Indian journal of veterinary science and animal husbandry - Volume 3,
Year: 1933
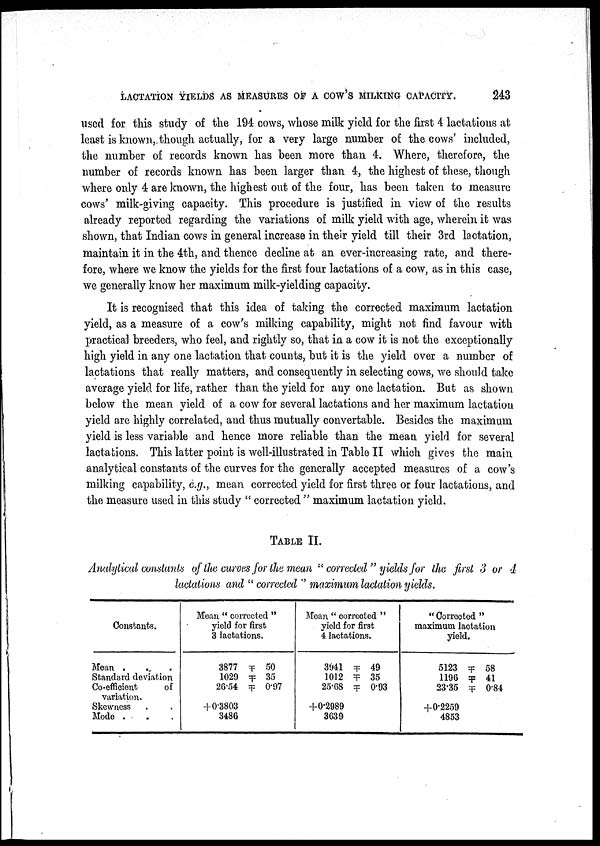
LACTATION YIELDS AS MEASURES OF A COW'S MILKING CAPACITY.
243
used for this study of the 194 cows, whose milk yield for the first 4 lactations at
least is known, though actually, for a very large number of the cows' included,
the number of records known has been more than 4. Where, therefore, the
number of records known has been larger than 4, the highest of these, though
where only 4 are known, the highest out of the four, has been taken to measure
cows' milk-giving capacity. This procedure is justified in view of the results
already reported regarding the variations of milk yield with age, wherein it was
shown, that Indian cows in general increase in their yield till their 3rd lactation,
maintain it in the 4th, and thence decline at an ever-increasing rate, and there-
fore, where we know the yields for the first four lactations of a cow, as in this case,
we generally know her maximum milk-yielding capacity.
It is recognised that this idea of talcing the corrected maximum lactation
yield, as a measure of a cow's milking capability, might not find favour with
practical breeders, who feel, and rightly so, that in a cow it is not the exceptionally
high yield in any one lactation that counts, but it is the yield over a number of
lactations that really matters, and consequently in selecting cows, we should take
average yield for life, rather than the yield for any one lactation. But as shown
below the mean yield of a cow for several lactations and her maximum lactation
yield are highly correlated, and thus mutually convertable. Besides the maximum
yield is less variable and hence more reliable than the mean yield for several
lactations. This latter point is well-illustrated in Table II which gives the main
analytical constants of the curves for the generally accepted measures of a cow's
milking capability, e.g., mean corrected yield for first three or four lactations, and
the measure used in this study " corrected " maximum lactation yield.
TABLE II.
Analytical constants of the curves for the mean " corrected" yields for the first 3 or 4
lactations and " corrected " maximum lactation yields.
Constants.
Mean . . .
Standard deviation
Co-efficient
of
variation.
Skewness . .
Mode . . .
Mean " corrected "
yield for first
3 lactations.
3877 ╤ 50
1029 ╤ 35
26.54 ╤ 0.97
+0.3803
3486
Mean " oorrected "
yield for first
4 lactations.
3941 ╤ 49
1012 ╤ 35
25.65 ╤ 0.93
+0.2989
3639
" Correoted "
maximum lactation
yield.
5123 ╤ 58
1196 ╤ 41
23.35 ╤ 0.84
+0.2259
4853